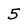
Character: 5